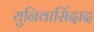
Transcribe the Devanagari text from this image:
युनिवार्सिदाद